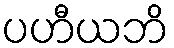
ပဟီယဘိ